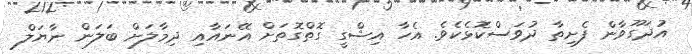
އުދަގޫވާން ފެށިތާ ދުވަސްކޮޅެކެވެ. އެހާ އިޝްގީ ގޮތްގޮތަށް އޭނައާއި ދިމާލަށް ބަލަން ނާޔަލް